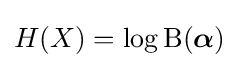
H(X)=\log \mathrm {B} ({\boldsymbol {\alpha }})